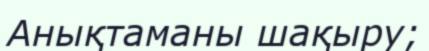
Анықтаманы шақыру;